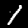
Label: 1